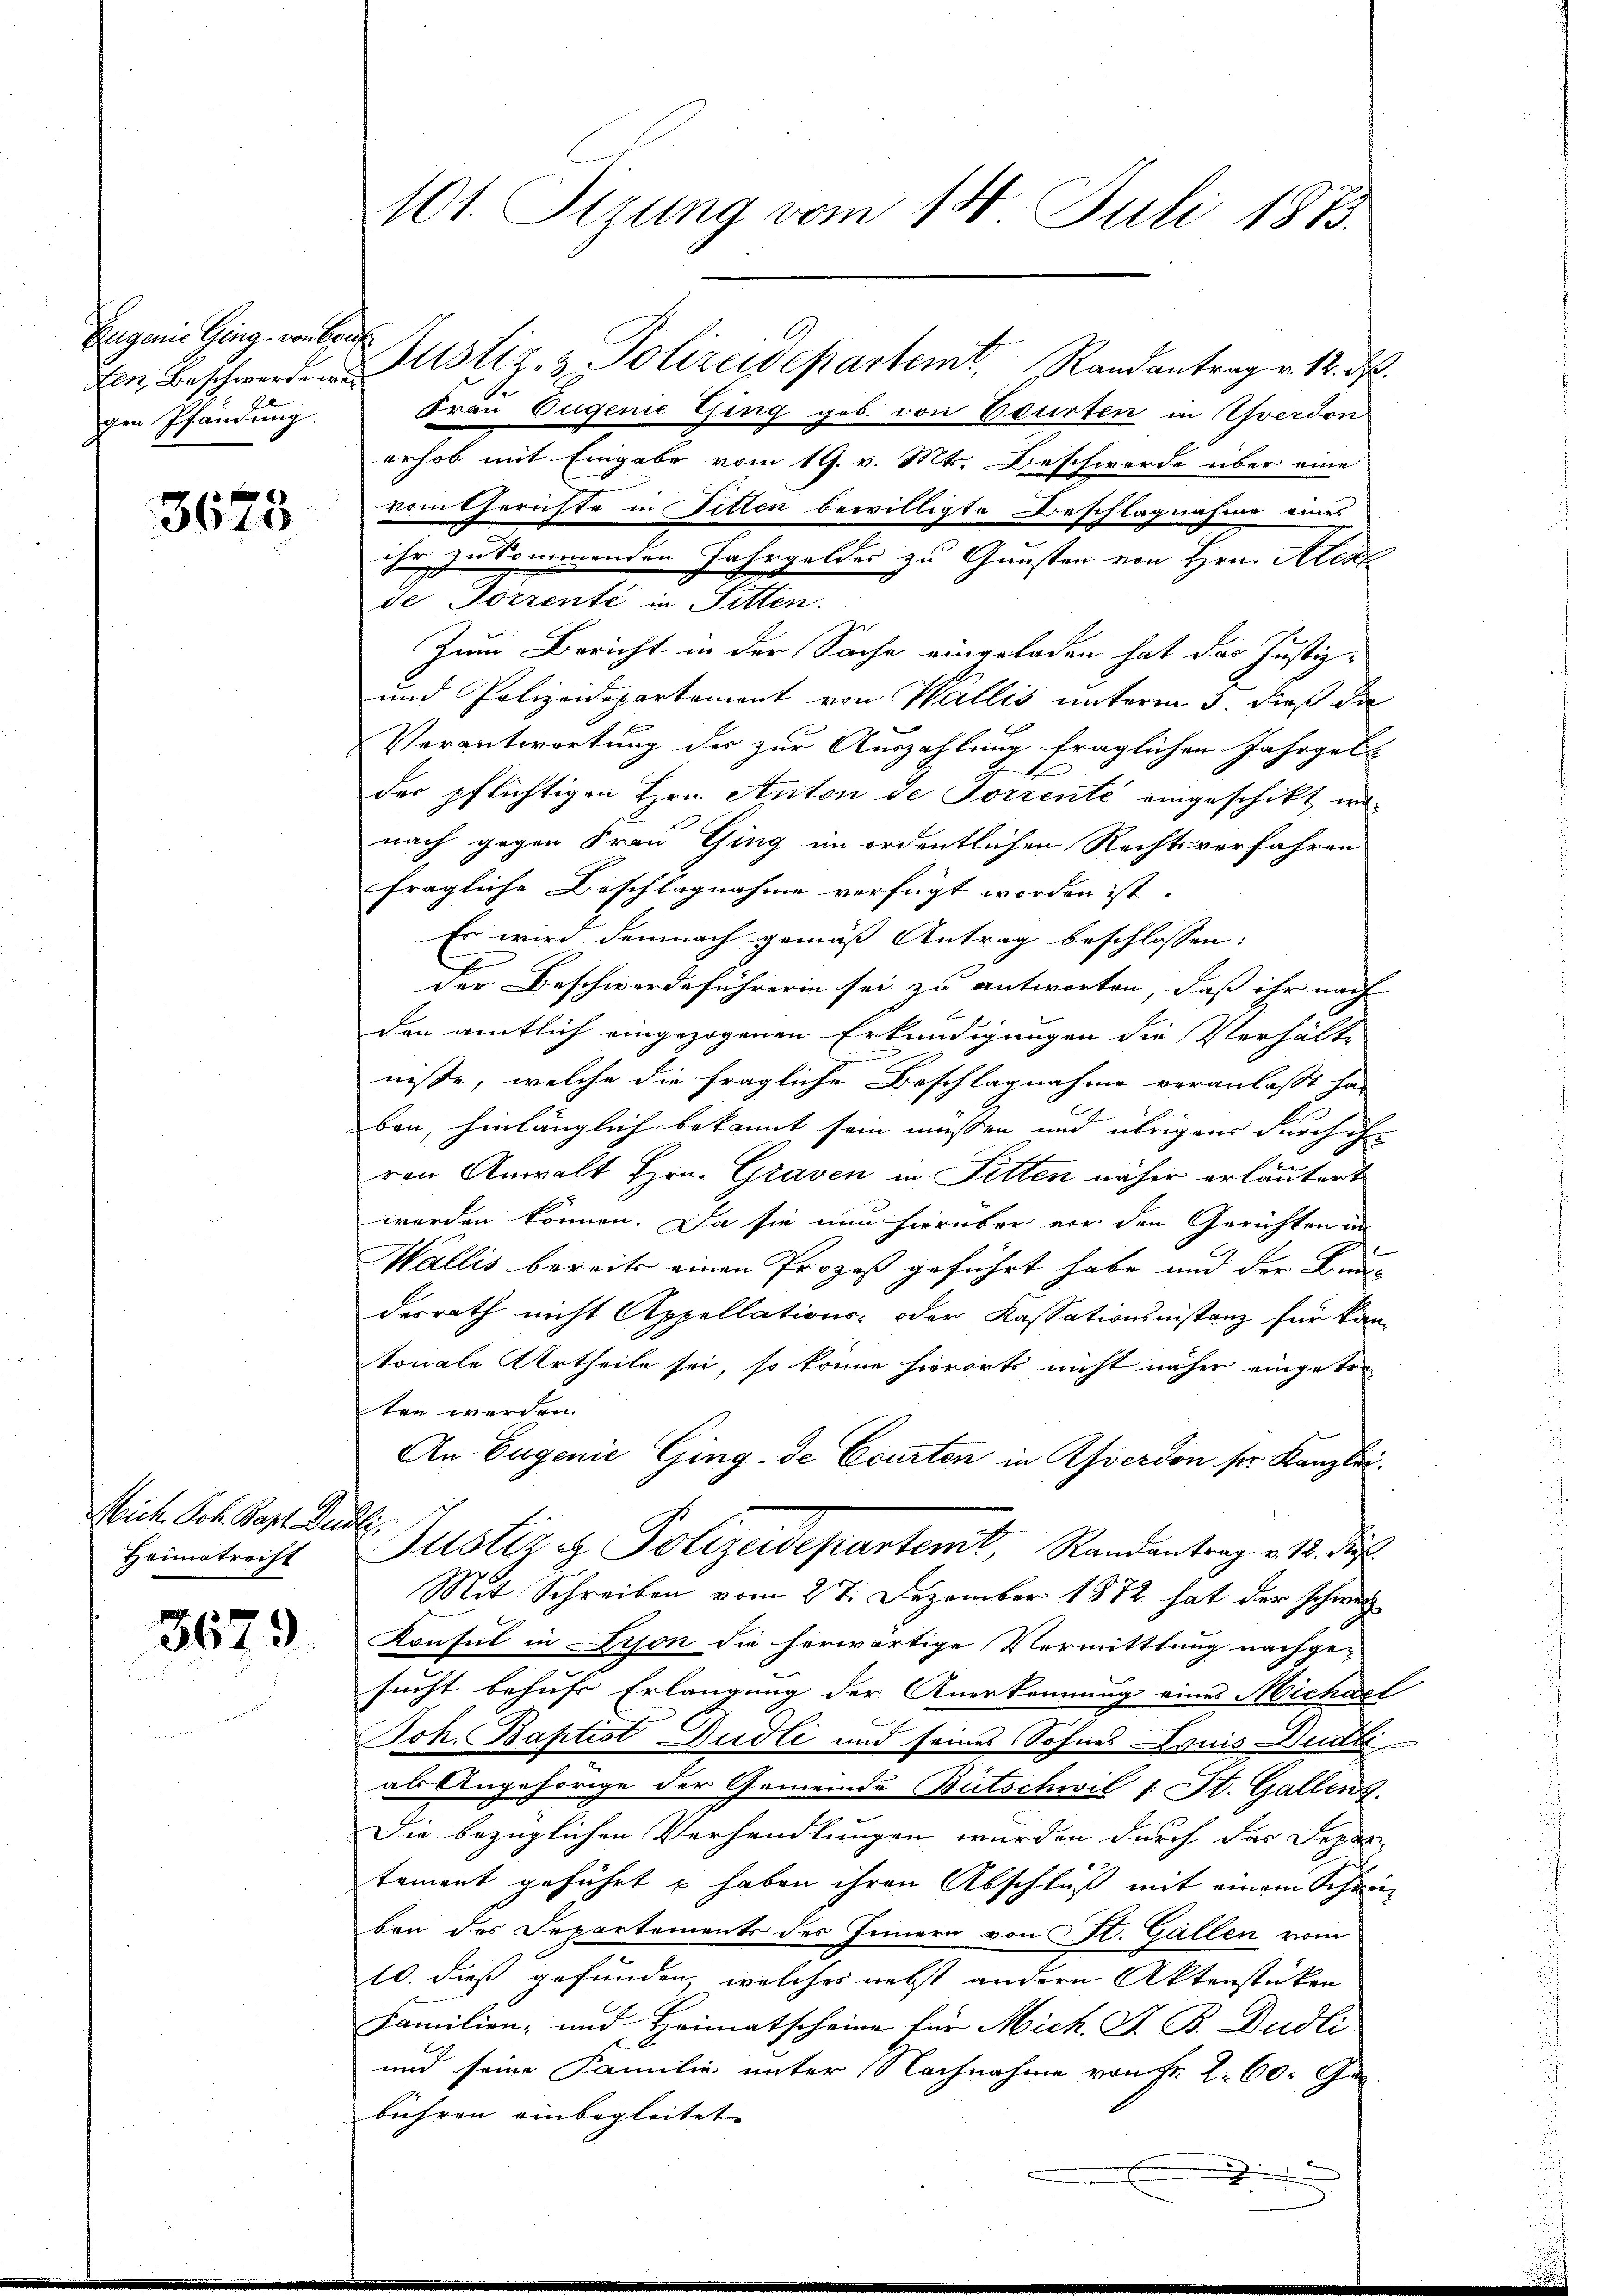
Eugenie Ging von aus
gen Pfändung.

3673

Mich. Joh. Bapt. Seidli
Heimatreist

3679.

101. Sizung vom 14. Juli 1873.

n Beschwerden stiz- & Polizeidepartemt. Randantrag v. 12. ds.
Frau Eugenie Ging geb. von Beurten in Yverdon
erhob mit Eingabe vom 19. v. Mts. Beschwerde über eine
vom Gerichte in Fitten bewilligte Beschlagnahme eines
ihr zu kommenden Jahrgeldes zu Gunsten von Hrn. Alex
de Forrente in Sitten.
Zum Bericht in der Sache eingeladen hat das Justiz-
und Polizeidepartement von Wallis unterm 3. dieß die
Verantwortung der zur Auszahlung fraglichen Jahrgelt |
der pflichtigen Hrn. Anton de Forrente eingeschikt wo
nach gegen Frau Ging im ordentlichen Rechtsverfahren
fragliche Beschlagnahme verfügt worden ist. |
Er wird demnach gemäß Antrag beschlossen:
der Beschwerdeführerin sei zu antworten, daß ihr nach
den amtlich eingezogenen Erkundigungen die Verhältn
nisse, welche die fragliche Beschlagnahme veranlasst ha
ban, hinlänglich bekannt sein müssen und übrigens durch ihren Anwalt Hrn. Graven in Sitten näher erläutert
werden können. Da sie nun hierüber vor den Gerichten in
Wallis bereits einen Prozeß geführt habe und der Bundesrath nicht Appellations- oder Kassationsistanz für kantonale Urtheile sei, so könne hierorts nicht näher eingetre
ten werden.
An Eugenie Ging- de Courten in Averdon ser Kanzlei.
Justiz & Polizeidepartent, Randantrag v. 12. die
Mit Schreiben vom 27. Dezember 1872 hat der Schwarz
Konsul in Lison die herwärtige Vermittlung nachge-
sucht behufs Erlangung der Anerkennung eines Michael
Joh. Baptist Dudli und seines Sohnes Louis Dudli
als Angehörige der Gemeinde Butschwil 1. St. Gallenz
Die bezüglichen Verhandlungen wurden durch das Depen-
tament geführt u haben ihren Abschluß mit einem Schreibon des Departements des Innern von St. Gallen vom
10. dieß gefunden, welches nebst andern Aktenstücken
Familien- und Heimatscheine für Mich. G. B. Dudli
und seine Familie unter Nachnahme von Fr. 2. 60. Ge
bühren einbegleitet.
x

e